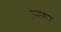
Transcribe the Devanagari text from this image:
ल्का